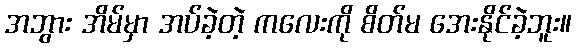
အဘွား အိမ်မှာ အပ်ခဲ့တဲ့ ကလေးကို စိတ်မ အေးနိုင်ခဲ့ဘူး။